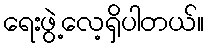
ရေးဖွဲ့လေ့ရှိပါတယ်။